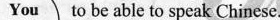
You to be able to speak Chinese.